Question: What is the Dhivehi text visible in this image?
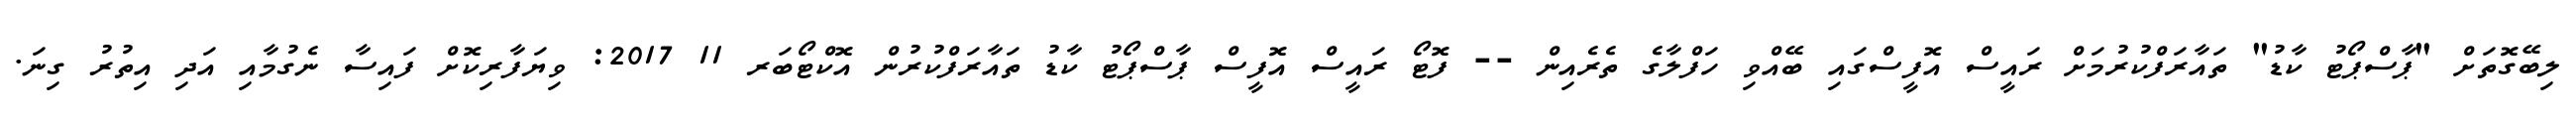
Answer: ލިބޭގޮތަށް "ޕާސްޕޯޓު ކާޑު" ތައާރަފްކުރުމަށް ރައީސް އޮފީސްގައި ބޭއްވި ހަފްލާގެ ތެރެއިން -- ފޮޓޯ ރައީސް އޮފީސް ޕާސްޕޯޓު ކާޑު ތައާރަފްކުރުން އޮކްޓޯބަރ 11 2017: ވިޔަފާރިކޮށް ފައިސާ ނެގުމާއި އަދި އިތުރު ގިނަ.